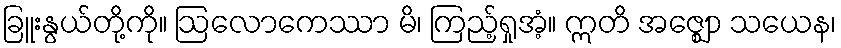
ခြူးနွယ်တို့ကို။ ဩလောကေဿာ မိ၊ ကြည့်ရှုအံ့။ ဣတိ အဇ္ဈော သယေန၊